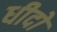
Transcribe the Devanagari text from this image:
धीदो